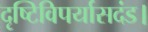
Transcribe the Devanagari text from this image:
दृष्टिविपर्यासदंड।